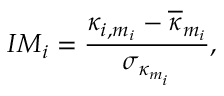
I M _ { i } = \frac { \kappa _ { i , m _ { i } } - \overline { { \kappa } } _ { m _ { i } } } { \sigma _ { \kappa _ { m _ { i } } } } ,